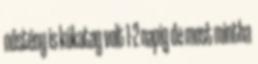
nőstény is kókatag volt 1-2 napig de most mintha